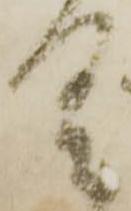
具